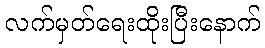
လက်မှတ်ရေးထိုးပြီးနောက်